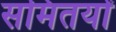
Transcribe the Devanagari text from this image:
समितयों